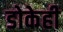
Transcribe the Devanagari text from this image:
डोकेही